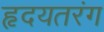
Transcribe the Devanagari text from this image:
हृदयतरंग